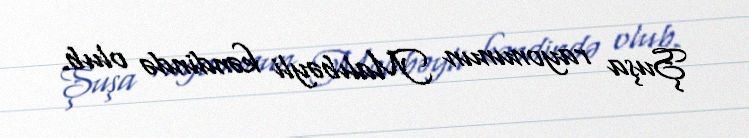
Şuşa rayonunun Malıbəyli kəndində olub.